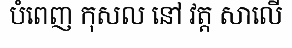
បំពេញ កុសល នៅ វត្ត សាលើ